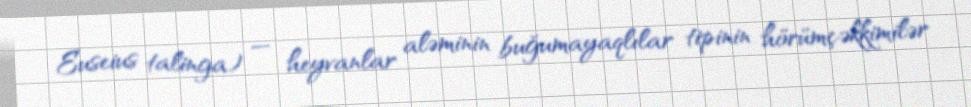
Euseius talinga) — heyvanlar aləminin buğumayaqlılar tipinin hörümçəkkimilər